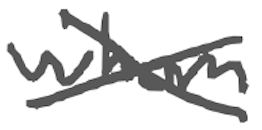
Text: whom
Cross-out: mix
Writing tool: digital_gray